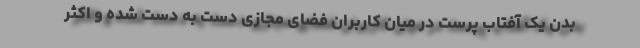
بدن یک آفتاب پرست در میان کاربران فضای مجازی دست به دست شده و اکثر